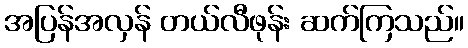
အပြန်အလှန် တယ်လီဖုန်း ဆက်ကြသည်။